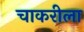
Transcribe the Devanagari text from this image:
चाकरीला